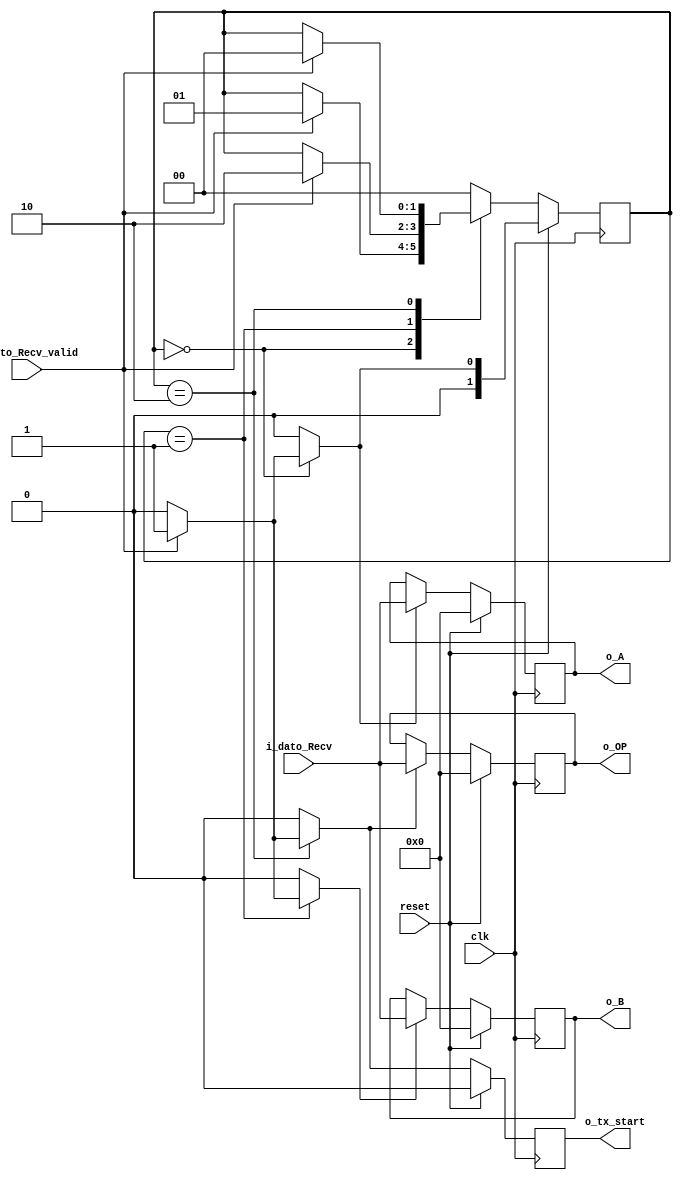
module uart_interface
#(
    parameter  N_BITS         = 8
)
(
    input wire                   clk,
    input wire                   reset,
    input wire  [N_BITS-1 : 0]  i_dato_Recv,
    input wire                   i_dato_Recv_valid,

    output wire                  o_tx_start,
    output wire [N_BITS-1 : 0]  o_A,
    output wire [N_BITS-1 : 0]  o_B,
    output wire [N_BITS-1 : 0]  o_OP
    );
  
    localparam  [1 : 0] DATO_A  = 2'b00;
    localparam  [1 : 0] DATO_B  = 2'b01;
    localparam  [1 : 0] DATO_OP = 2'b10;

    reg [1 : 0]         state_reg;
    reg [1 : 0]         state_reg_next;
    reg [N_BITS-1 : 0] A;
    reg [N_BITS-1 : 0] B;    
    reg [N_BITS-1 : 0] OP;

    //Flags de recepcion del dato correspondiente
    reg rec_A;
    reg rec_B;
    reg rec_OP;

    reg tx_start;
    reg tx_start_next;  

    
    //Para recetear el estado o pasar al siguiente
    always @(posedge clk)
    begin
        
        if(reset)
            begin
                state_reg   <=  rec_A;
            end
        else
            begin
                state_reg   <=  state_reg_next;
            end
    
    end




    //Para resetear el valor de A o ponerle valor de entrada
    always @(posedge clk)
    begin
        if(reset)
            A  <=  {N_BITS{1'b0}};
        else if(rec_A)
            A <=   i_dato_Recv;
    end

    //Para resetear el valor de B o ponerle valor de entrada
    always @(posedge clk)
    begin
        if(reset)
            B  <=  {N_BITS{1'b0}};
        else if(rec_B)
            B <=  i_dato_Recv;
    end

    //Para resetear el valor de OP o ponerle valor de entrada
    always @(posedge clk)
    begin
        if(reset)
            OP  <= {N_BITS{1'b0}};
        else if(rec_OP)
            OP <=   i_dato_Recv[N_BITS-1 : 0];
    end

    //Para actualizar el valor si se tiene que trasmitir el resultado o no
    always @(posedge clk)
    begin
        if(reset)
            tx_start    <= 1'b0;
        else 
            tx_start    <= tx_start_next;
    end





    //Maquina que decide el estado
    always @(*)
    begin

        state_reg_next  = state_reg;
        rec_A           =   1'b0;
        rec_B           =   1'b0;
        rec_OP          =   1'b0;
        tx_start_next   =   1'b0;

        case (state_reg)

            DATO_A:
                begin
                    if  (i_dato_Recv_valid)
                        begin
                            state_reg_next  = DATO_B;
                            rec_A = 1'b1;           //Esto habilitar el IF de arriba muy arriba y copia el calor de entrada en el registro A
                        end
                end

            DATO_B:
                begin
                    if  (i_dato_Recv_valid)
                        begin
                            state_reg_next  = DATO_OP;
                            rec_B = 1'b1;           //Esto habilitar el IF de arriba muy arriba y copia el calor de entrada en el registro B
                        end
                end

            DATO_OP:
                begin
                    if  (i_dato_Recv_valid)
                        begin
                            state_reg_next = DATO_A;
                            rec_OP         = 1'b1;  //Esto habilitar el IF de arriba muy arriba y copia el calor de entrada en el registro OP     
                            tx_start_next  = 1'b1;  //Estoy habilita la trasmision y hace que el modulo TX trasmita el valor resultado de la ALU
                        end
                end

            default:
                begin
                    state_reg_next      =  DATO_A;
                end
        endcase
    end

assign  o_A        = A;
assign  o_B        = B;
assign  o_OP       = OP;
assign  o_tx_start = tx_start;    

endmodule